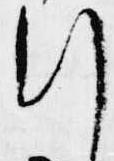
行